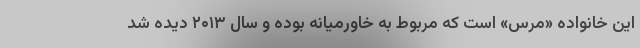
این خانواده «مرس» است که مربوط به خاورمیانه بوده و سال ۲۰۱۳ دیده شد